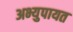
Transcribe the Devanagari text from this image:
अभ्युपायत